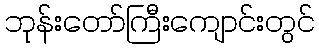
ဘုန်းတော်ကြီးကျောင်းတွင်